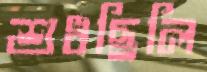
শুধছিলি